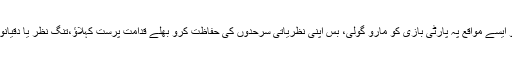
بھائیو ایسے مواقع پہ پارٹی بازی کو مارو گولی، بس اپنی نظریاتی سرحدوں کی حفاظت کرو بھلے قدامت پرست کہلاؤ،تنگ نظر یا دقیانوسی ۔